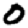
Digit: 0